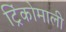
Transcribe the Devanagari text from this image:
ट्रिंकोमाली